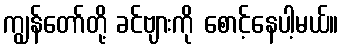
ကျွန်တော်တို့ ခင်ဗျားကို စောင့်နေပါ့မယ်။